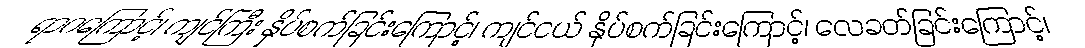
ရာဂကြောင့်၊ ကျင်ကြီး နှိပ်စက်ခြင်းကြောင့်၊ ကျင်ငယ် နှိပ်စက်ခြင်းကြောင့်၊ လေခတ်ခြင်းကြောင့်၊